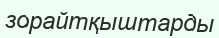
зорайтқыштарды